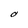
Character: O